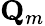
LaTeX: \mathbf{Q}_{m}